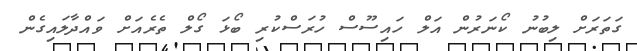
ގަތަރަށް ލިބުނު ކޯނަރުން އަލް ހައިސޫސް ހުރަސްކުރި ބޯޅަ ގޯލް ތެރެއަށް ވައްދާލައިގެން